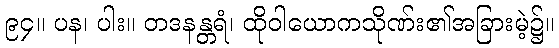
၉၄။ ပန၊ ပါး။ တဒနန္တရံ၊ ထိုဝါယောကသိုဏ်း၏အခြားမဲ့၌။